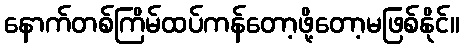
နောက်တစ်ကြိမ်ထပ်ကန်တော့ဖို့တော့မဖြစ်နိုင်။